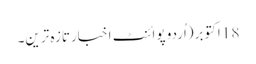
18 اکتوبر(اُردو پوائنٹ اخبارتازہ ترین۔